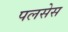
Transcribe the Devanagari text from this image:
पलसेस